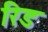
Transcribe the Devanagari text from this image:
रिड